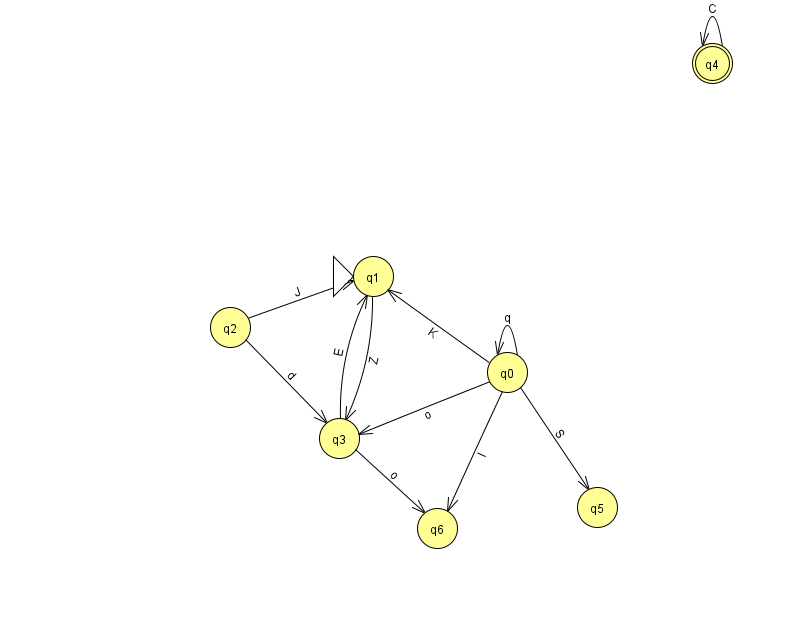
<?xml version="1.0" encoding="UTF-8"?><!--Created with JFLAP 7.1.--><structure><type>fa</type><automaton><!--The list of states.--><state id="0" name="q0"><x>507.0</x><y>359.0</y></state><state id="1" name="q1"><x>373.0</x><y>263.0</y><initial/></state><state id="2" name="q2"><x>230.0</x><y>314.0</y></state><state id="3" name="q3"><x>339.0</x><y>425.0</y></state><state id="4" name="q4"><x>712.0</x><y>50.0</y><final/></state><state id="5" name="q5"><x>597.0</x><y>494.0</y></state><state id="6" name="q6"><x>437.0</x><y>515.0</y></state><!--The list of transitions.--><transition><from>0</from><to>3</to><read>o</read></transition><transition><from>0</from><to>0</to><read>q</read></transition><transition><from>2</from><to>1</to><read>J</read></transition><transition><from>4</from><to>4</to><read>C</read></transition><transition><from>0</from><to>6</to><read>I</read></transition><transition><from>3</from><to>1</to><read>E</read></transition><transition><from>0</from><to>1</to><read>K</read></transition><transition><from>1</from><to>3</to><read>Z</read></transition><transition><from>3</from><to>6</to><read>o</read></transition><transition><from>2</from><to>3</to><read>d</read></transition><transition><from>0</from><to>5</to><read>S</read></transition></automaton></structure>